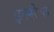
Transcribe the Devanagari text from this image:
इस्सैक